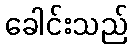
ခေါင်းသည်